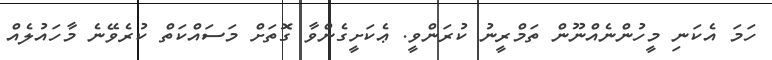
ހަމަ އެކަނި މީހުންނެއްނޫން ތަމްރީނު ކުރަންވީ. ޢެކަށީގެންވާ ގޮތަށް މަސައްކަތް ކުރެވޭނެ މާހައުލެއް